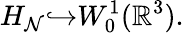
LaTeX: H_{\mathcal{N}}{\hookrightarrow}W_{0}^{1}({\mathbb{R}}^{3}).